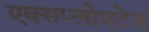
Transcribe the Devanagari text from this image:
एक्सप्लोएटेड